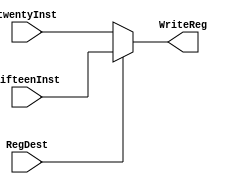
module MuxRegDest(
	input [20:16] twentyInst,
	input [15:11] fifteenInst,
	input RegDest,
	output [4:0] WriteReg);

	assign WriteReg = (RegDest) ? fifteenInst : twentyInst;
endmodule